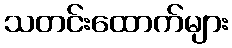
သတင်းထောက်များ